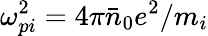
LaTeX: \omega_{pi}^{2}=4\pi\bar{n}_{0}e^{2}/m_{i}